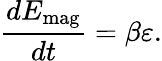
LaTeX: \frac{d{E}_{\textrm{mag}}}{dt}=\beta\varepsilon.